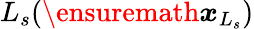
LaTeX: L_{s}(\ensuremath{\boldsymbol{{x}}}_{L_{s}})